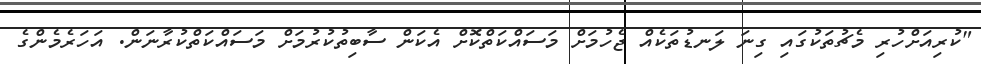
"ކުރިއަށްހުރި މެޗުތަކުގައި ގިނަ ލަނޑުތަކެއް ޖެހުމަށް މަސައްކަތްކޮށް އެކަން ސާބިތުކުރުމަށް މަސައްކަތްކުރާނަން. އަހަރެމެންގެ